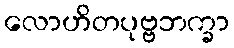
လောဟိတပုဗ္ဗဘက္ခာ